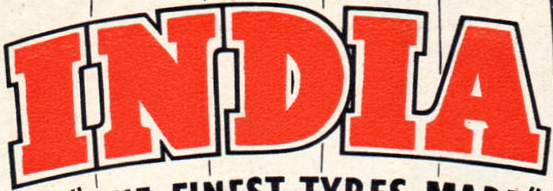
INDIA